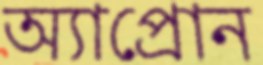
অ্যাপ্রোন